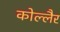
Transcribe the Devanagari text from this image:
कोल्लैर